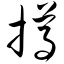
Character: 撙